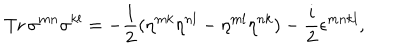
\mathrm { T r } \, \sigma ^ { m n } \sigma ^ { k l } = - \frac 1 2 ( \eta ^ { m k } \eta ^ { n l } - \eta ^ { m l } \eta ^ { n k } ) - \frac i 2 \epsilon ^ { m n k l } ,